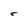
Character: r